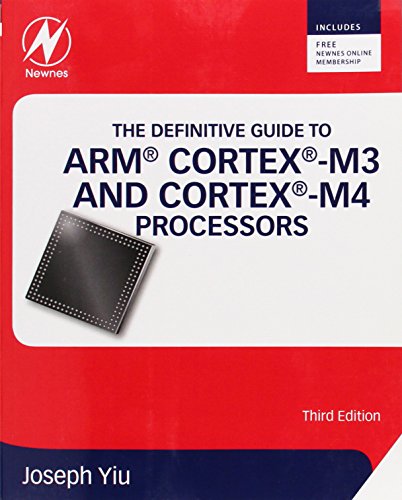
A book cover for The Definitive Guide to ARMÂ® CortexÂ®-M3 and CortexÂ®-M4 Processors, Third Edition; Joseph Yiu; Computers & Technology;